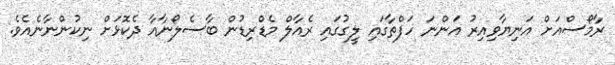
ރާމޯސްއަށް އަނިޔާވިއިރު އަންނަ ހަފްތާގައި ލީގުގައި ރެއާލް މެޑްރިޑުން ބާސެލޯނާއާ ދެކޮޅަށް ނިކުންނާނެއެވެ.